Vaccination in Bombay 1924-1928 - 1924-1928
Year: 1924
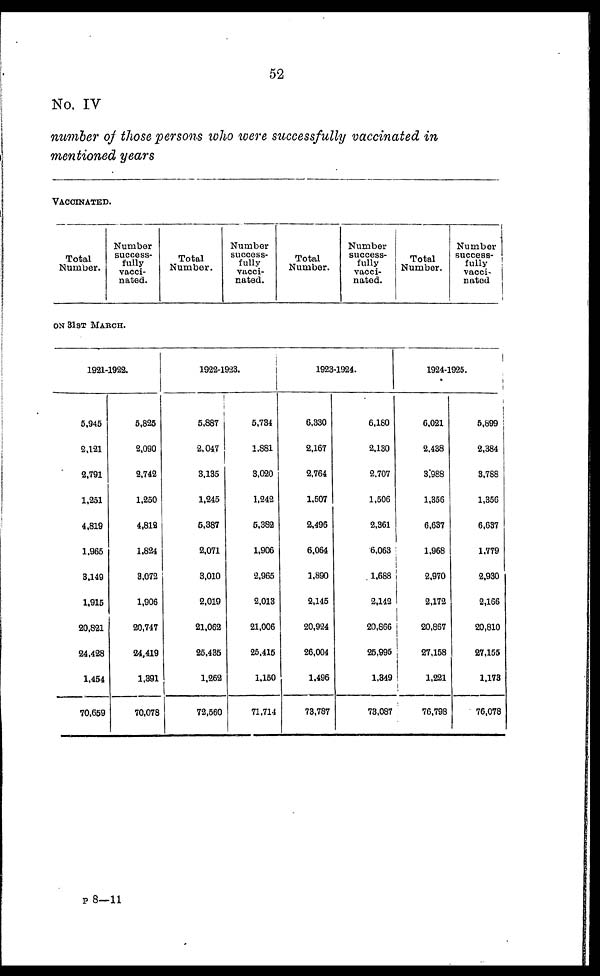
52
No. IV
number of those persons who were successfully vaccinated in
mentioned years
VACCINATED.
Total
Number.
Number
success-
fully
vacci-
nated.
Total
Number.
Number
success-
fully
vacci-
nated.
Total
Number.
Number
success-
fully
vacci-
nated.
Total
Number.
Number
success-
fully
vacci-
nated
ON 31ST MARCH.
1921-1922.
5,945
2,121
2,791
1,251
4,819
1,965
3,149
1,915
20,821
24,428
1,454
70,659
5,825
2,090
2,742
1,250
4,812
1,824
3,072
1,906
20,747
24,419
1,391
70,078
1922-1923.
5,887
2,047
3,135
1,245
5,387
2,071
3,010
2,019
21,062
25,435
1,262
72,560
5,734
1,881
3,020
1,242
5,382
1,906
2,965
2,013
21,006
25,415
1,150
71,714
1923-1924.
6,330
2,167
2,764
1,507
2,496
6,064
1,890
2,145
20,924
26,004
1,496
73,787
6,180
2,130
2,707
1,506
2,361
6,063
1,688
2,142
20,866
25,995
1,849
73,087
1924-1925.
6,021
2,438
3,988
1,356
6,637
1,968
2,970
2,172
20,867
27,158
1,221
76,798
5,899
2,384
3,788
1,356
6,637
1,779
2,930
2,166
20,810
27,155
1,178
76,078
P 8—11